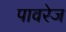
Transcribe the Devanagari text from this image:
पावरेज